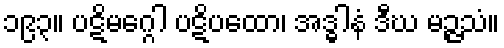
၁၉၃။ ပဋိမဂ္ဂေါ ပဋိပထော၊ အဒ္ဓါနံ ဒီဃ မဉ္ဇသံ။